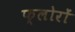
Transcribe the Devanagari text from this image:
फ्लोरों